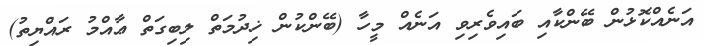
އަނެއްކޮޅުން ބޭންކާއި ބައިވެރިވި އަނެއް މީހާ (ބޭންކުން ޚިދުމަތް ލިބިގަތް ޢާއްމު ރައްޔިތު)